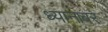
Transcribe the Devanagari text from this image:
ध्यानावर